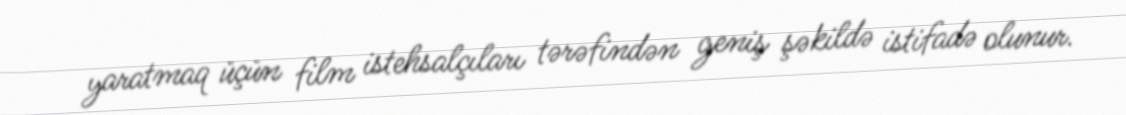
yaratmaq üçün film istehsalçıları tərəfindən geniş şəkildə istifadə olunur.